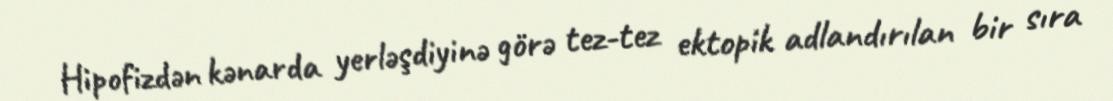
Hipofizdən kənarda yerləşdiyinə görə tez-tez ektopik adlandırılan bir sıra